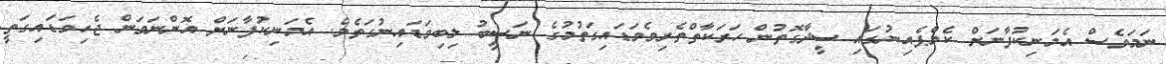
ނަމަވެސް އެމަނިކުފާނަށް ކެމްޕެއިނުގައި ސީދާގޮތުން ހަރަކާތްތެރިވެވަޑައިގަތުމުގެ ނަސީބު ލިބިވަޑައިނުގަތެވެ. އެމަނިކުފާނަށް އޮންނަވަން ޖެހިވަޑައިގަތީ